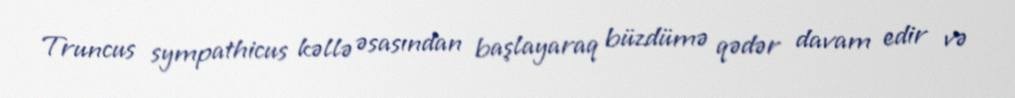
Truncus sympathicus kəllə əsasından başlayaraq büzdümə qədər davam edir və